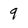
Character: 9